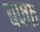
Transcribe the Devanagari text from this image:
बफ्फ़